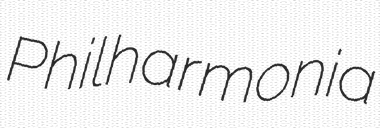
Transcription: Philharmonia